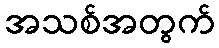
အသစ်အတွက်